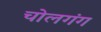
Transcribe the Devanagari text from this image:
चोलगंग